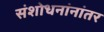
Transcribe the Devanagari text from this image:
संशोधनांनांतर